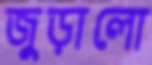
জুড়ালো